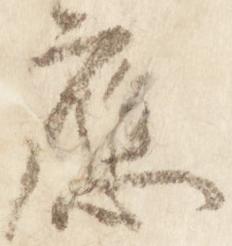
応